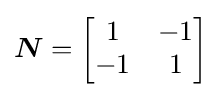
{\boldsymbol {N}}={\begin{bmatrix}1&-1\\-1&1\end{bmatrix}}